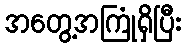
အတွေ့အကြုံရှိပြီး